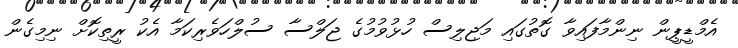
އެމްޑީޕީން ނިންމާފައިވާ ގޮތުގައި މަޖިލިސް ހުޅުވުމުގެ ޖަލްސާ ސުލްހަވެރިކަމާ އެކު ރީތިކޮށް ނިމިގެން